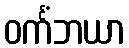
ဝင်္ကံဘယာ